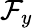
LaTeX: \mathcal{F}_{y}